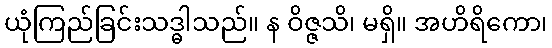
ယုံကြည်ခြင်းသဒ္ဓါသည်။ န ဝိဇ္ဇသိ၊ မရှိ။ အဟိရိကော၊